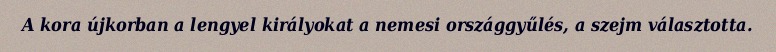
A kora újkorban a lengyel királyokat a nemesi országgyűlés, a szejm választotta.